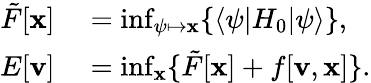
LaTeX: \begin{array}{rl}{\tilde{F}[\mathbf{x}]}&{{}=\operatorname*{inf}_{\psi\mapsto\mathbf{x}}\{ \langle\psi|H_{0}|\psi\rangle\} ,}\\ {E[\mathbf{v}]}&{{}=\operatorname*{inf}_{\mathbf{x}}\{ \tilde{F}[\mathbf{x}]+f[\mathbf{v},\mathbf{x}]\} .}\end{array}